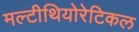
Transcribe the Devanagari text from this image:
मल्टीथियोरेटिकल